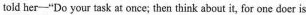
told her—"Do your task at once; then think about it, for one doer is